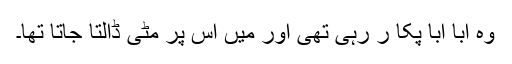
وہ ابا ابا پکا ر رہی تھی اور میں اس پر مٹی ڈالتا جاتا تھا۔